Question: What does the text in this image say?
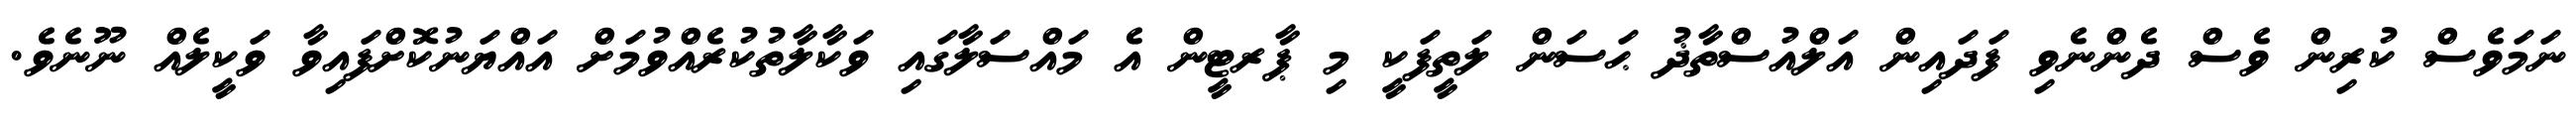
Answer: ނަމަވެސް ކުރިން ވެސް ދެންނެވި ފަދައިން އަލްއުސްތާޛު ޙަސަން ލަތީފަކީ މި ޕާރޓީން އެ މައްސަލާގައި ވަކާލާތުކުރެއްވުމަށް އައްޔަނުކޮށްފައިވާ ވަކީލެއް ނޫނެވެ.